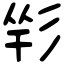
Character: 𢒑